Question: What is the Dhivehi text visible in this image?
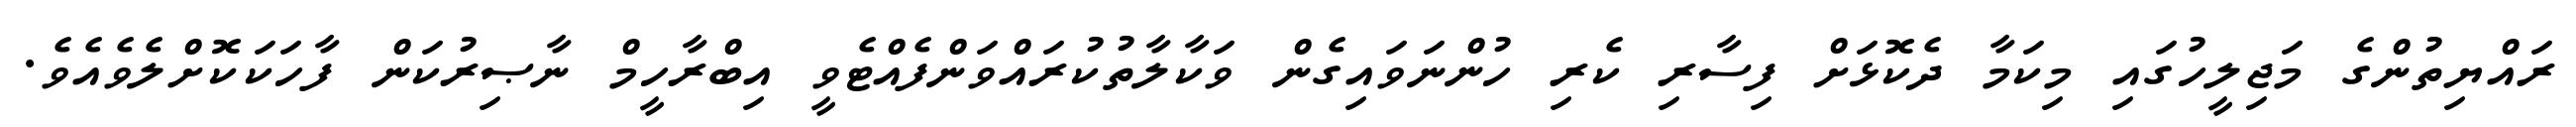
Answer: ރައްޔިތުންގެ މަޖިލީހުގައި މިކަމާ ދެކޮޅަށް ފިސާރި ކެރި ހުންނަވައިގެން ވަކާލާތުކުރައްވަންފެއްޓެވީ އިބްރާހީމް ނާޞިރުކަން ފާހަކަކޮށްލެވެއެވެ.